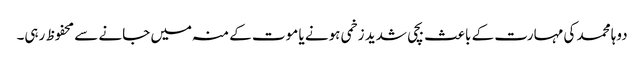
دوہا محمد کی مہارت کے باعث بچی شدید زخمی ہونے یا موت کے منہ میں جانے سے محفوظ رہی۔